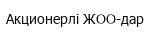
Акционерлі ЖОО-дар